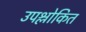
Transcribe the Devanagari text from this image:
उपश्लोकित